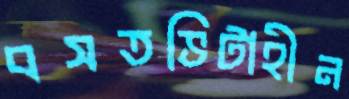
বসতভিটাহীন